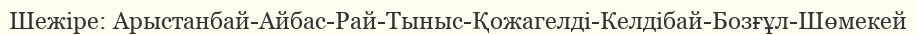
Шежіре: Арыстанбай-Айбас-Рай-Тыныс-Қожагелді-Келдібай-Бозғұл-Шөмекей